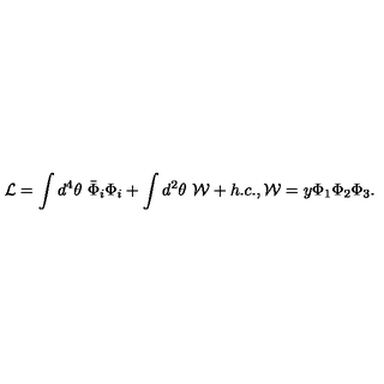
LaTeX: { \cal L } = \int d ^ { 4 } \theta \ \bar { \Phi } _ { i } \Phi _ { i } + \int d ^ { 2 } \theta \ { \cal W } + h . c . , { \cal W } = y \Phi _ { 1 } \Phi _ { 2 } \Phi _ { 3 } .